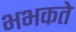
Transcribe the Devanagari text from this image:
भभकते